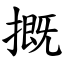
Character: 摡